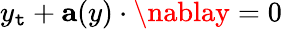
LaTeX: y_{\mathtt{t}}+\mathbf{{a}}(y)\cdot\nablay=0